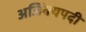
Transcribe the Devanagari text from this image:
अजिंक्यपदी